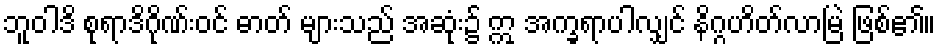
ဘူဝါဒိ စုရာဒိဂိုဏ်းဝင် ဓာတ် များသည် အဆုံး၌ ဣ အက္ခရာပါလျှင် နိဂ္ဂဟိတ်လာမြဲ ဖြစ်၏။